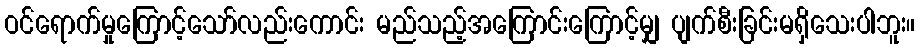
ဝင်ရောက်မှုကြောင့်သော်လည်းကောင်း မည်သည့်အကြောင်းကြောင့်မျှ ပျက်စီးခြင်းမရှိသေးပါဘူး။